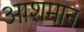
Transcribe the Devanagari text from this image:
आशमान